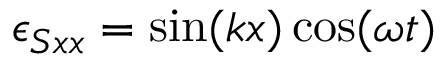
\epsilon _ { S x x } = \sin ( k x ) \cos ( \omega t )